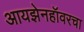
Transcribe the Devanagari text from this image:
आयझेनहॉवरचा